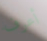
أعرف